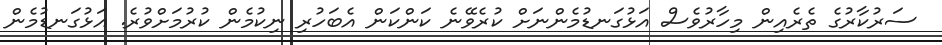
ސަރުކާރުގެ ތެރެއިން މިހާރުވެސް އަޅުގަނޑުމެންނަށް ކުރެވޭނެ ކަންކަން އެބަހުރި ނިކުމެން ކުރުމަށްވުރެ. އަޅުގަނޑުމެން